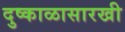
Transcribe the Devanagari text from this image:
दुष्काळासारखी